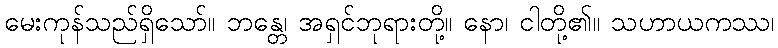
မေးကုန်သည်ရှိသော်။ ဘန္တေ၊ အရှင်ဘုရားတို့။ နော၊ ငါတို့၏။ သဟာယကဿ၊